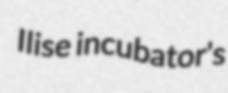
Ilise incubator's